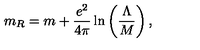
m _ { R } = m + \frac { e ^ { 2 } } { 4 \pi } \ln \left( \frac { \Lambda } { M } \right) ,